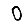
Digit: 0